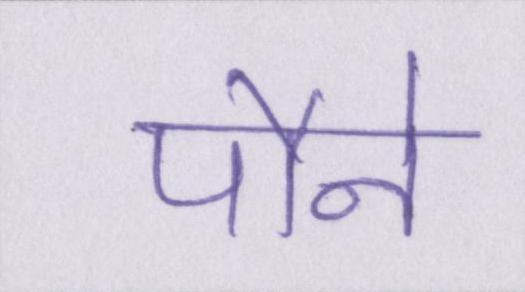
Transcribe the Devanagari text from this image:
पौने